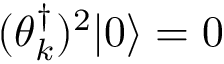
( \theta _ { k } ^ { \dagger } ) ^ { 2 } | 0 \rangle = 0